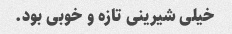
خیلی شیرینی تازه و خوبی بود.